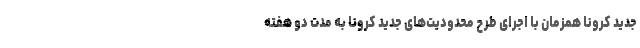
جدید کرونا همزمان با اجرای طرح محدودیت‌های جدید کرونا به مدت دو هفته